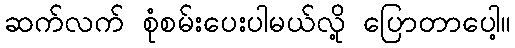
ဆက်လက် စုံစမ်းပေးပါမယ်လို့ ပြောတာပေါ့။